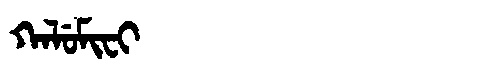
Manchu: ᡴᠠᠯᡠᠮᡳᠸᡳ
Romanization: KALUMIFI